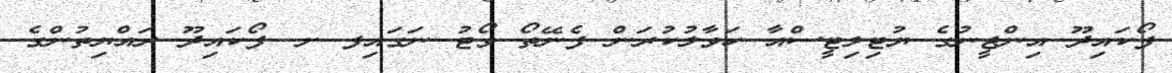
ފޯކައިދޫ އިންޖީނުގެ ޔުޓިލިޓީސްއާ ހަވާލުކުރަން ފެނޭތޯ ވޯޓު ނަގައިފ ށ. ފޯކައިދޫ ރައްޔިތުންގެ